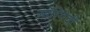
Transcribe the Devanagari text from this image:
ऑरिगेची